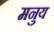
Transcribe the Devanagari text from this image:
मनुय